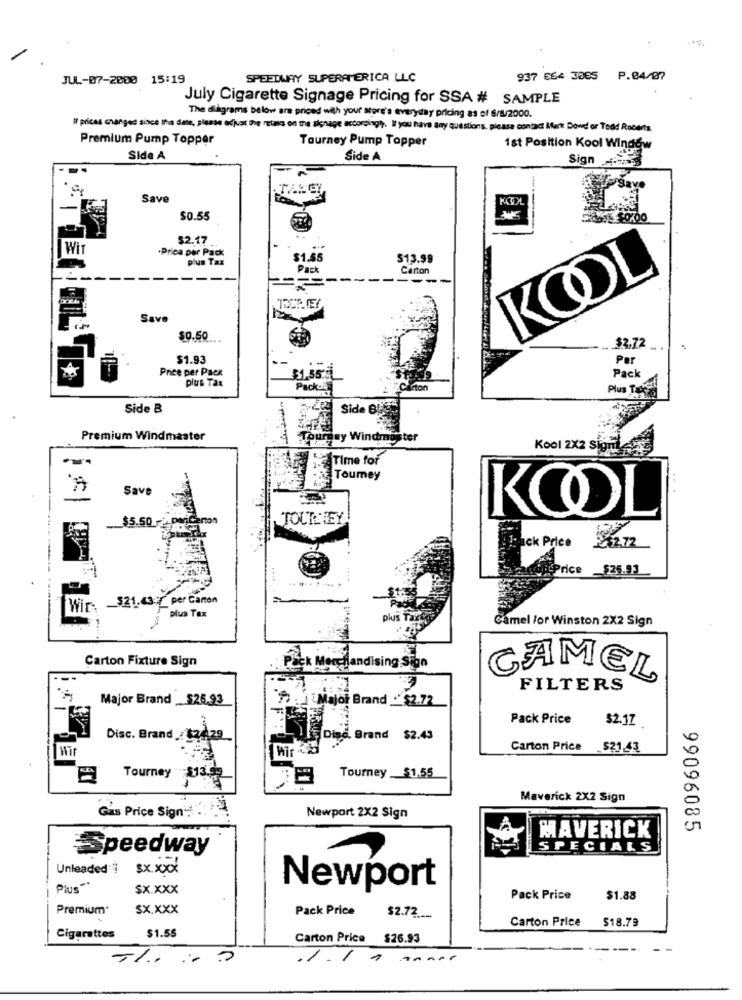
JUL-07-2000 15:19
SPEEDWAY SUPERAMERICA LLC
937 E64 3005 P.04/07
July Cigarette Signage Pricing for SSA # SAMPLE
The diagrams below are priced with your store'a everyday pricing as of $/8/2000.
If prices changed since tha date, please adjust the retaio on the signage accordingly. Ifyou have any questions, please contact Ilfart Dowd or Todd Roberts
Premium Pump Topper
Tourney Pump Topper
1st Position Kool Window
Side A
Side A
Sign -
Save
KOOL
$0.55
$2.17
Wit
.Prica per Pack
plus Tax
$1.65
$13.99
Pack
Carton
Save
K
$0.50
.. $2,72
$1.93
Per
Price per Pack
plus Tax
$1,55.]
Pack
Pack.L
Carton
Plus Tax
Side &
Side BUS
Premium Windmaster
Tourney Windmoster
Kool 2X2 Sign
Time for
Toumey
Save
KOOL
$5.50 2
panCarton
TOURNEY
52.72
nick Price
Price _$25.93
Wir- - $21.43:7 per Carton
plus Tax
plus
Camel /or Winston 2X2 Sign
Carton Fixture Sign
ng Sign
CAMEL
FILTERS
Major Brand _$25.93
Major Brand . $2.72
Pack Price
$2.17
Disc. Brand : $24.29
Disc. Brand $2.43
Hi
Carton Price $21.43
Tourney $13.95
Tourney $1.55
Maverick 2X2 Sign
Gas Price Sign:
Newport 2X2 Sign
MAVERICK
99096085
Speedway
SPECIALS
Unleaded
$X.XXX
Plus "
sx.xxx
Newport
Pack Price
$1.88
Premium
sx.XXX
Pack Price
$2.72 ___
Carton Price
$18.79
$1.55
Cigarettes
Carton Price $26.93
TI .. ..
./.1.